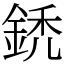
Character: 鋵